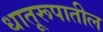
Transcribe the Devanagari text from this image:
धातूरूपातील